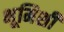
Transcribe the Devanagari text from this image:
भूमिशी